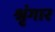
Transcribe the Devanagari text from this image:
श्रृंंगार